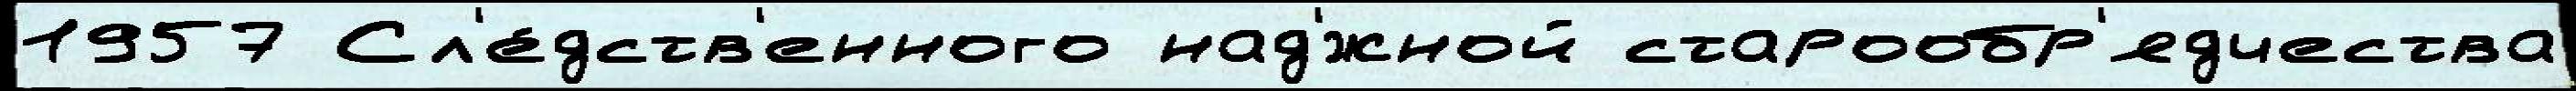
1957 Сл'е́дств'енного над'́жной старообр'ядчества